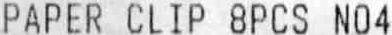
PAPER CLIP 8PCS NO4